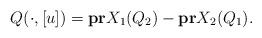
LaTeX: \begin{align*}Q(\cdot,[u])=\bold{pr}X_1(Q_2)-\bold{pr}X_2(Q_1).\end{align*}